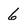
Character: 6